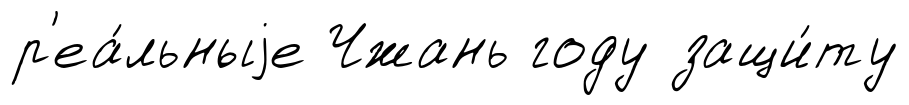
р'еа́льныjе Чжань году защи́ту